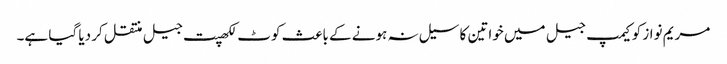
مریم نواز کو کیمپ جیل میں خواتین کا سیل نہ ہونے کے باعث کوٹ لکھپت جیل منتقل کر دیا گیا ہے۔